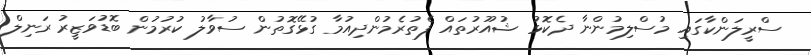
ސްރީލަންކާގައި މުސްލިމުންނާ ދެކޮޅު ޝުއޫރުތައް ފެތުރެމުންދިއުމާ ގުޅޭގޮތުން ސުވާލު ކުރުމުން ބޮޑުވަޒީރު ރަނިލް